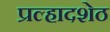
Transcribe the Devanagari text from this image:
प्रल्हादशेठ